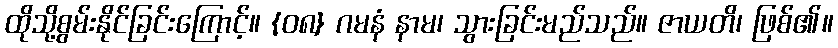
ထိုသို့စွမ်းနိုင်ခြင်းကြောင့်။ {၀၈} ဂမနံ နာမ၊ သွားခြင်းမည်သည်။ ဇာယတိ၊ ဖြစ်၏။